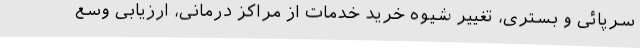
سرپائی و بستری، تغییر شیوه خرید خدمات از مراکز درمانی، ارزیابی وسع